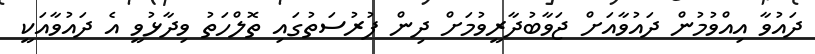
ދައުވާ އިއްވުމުން ދައުވާއަށް ޖަވާބުދާރީވުމަށް ދިން ފުރުސަތުގައި ތޮލްހަތު ވިދާޅުވީ އެ ދައުވާއަކީ